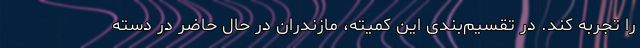
را تجربه کند. در تقسیم‌بندی این کمیته، مازندران در حال حاضر در دسته